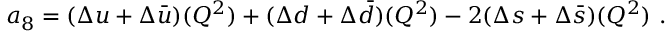
a _ { 8 } = ( \Delta u + \Delta \bar { u } ) ( Q ^ { 2 } ) + ( \Delta d + \Delta \bar { d } ) ( Q ^ { 2 } ) - 2 ( \Delta s + \Delta \bar { s } ) ( Q ^ { 2 } ) ~ .